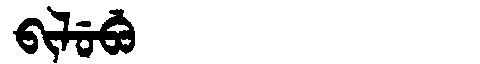
Manchu: ᠪᡳᠯᡠᠪᡠ
Romanization: BILUBU